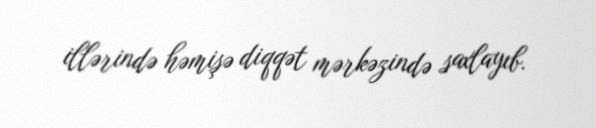
illərində həmişə diqqət mərkəzində saxlayıb.